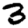
Digit: 3